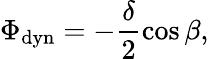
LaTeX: \Phi_{\mathrm{dyn}}=-\frac{\delta}{2}\cos{\beta},